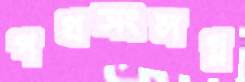
পথসংলগ্ন